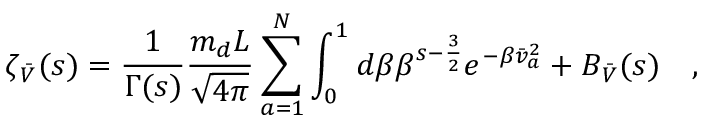
\zeta _ { \bar { \cal V } } ( s ) = \frac { 1 } { \Gamma ( s ) } \frac { m _ { d } L } { \sqrt { 4 \pi } } \sum _ { a = 1 } ^ { N } \int _ { 0 } ^ { 1 } d \beta \beta ^ { s - \frac { 3 } { 2 } } e ^ { - \beta \bar { v } _ { a } ^ { 2 } } + B _ { \bar { \cal V } } ( s ) \quad ,